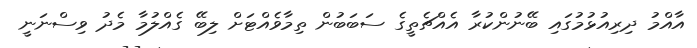
އާއްމު ދިރިއުޅުމުގައި ބޭނުންކުރާ އެއްޗެތީގެ ސަބަބުން ތިމާވެއްޓަށް ލިބޭ ގެއްލުމާ މެދު ވިސްނަނީ